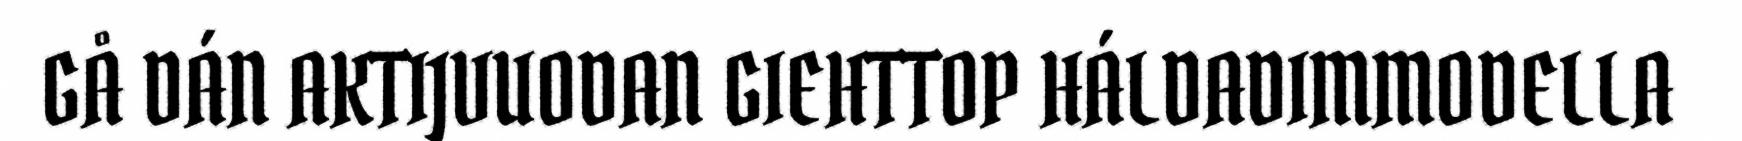
GÅ DÁN AKTIJVUODAN GIEHTTOP HÁLDADIMMODELLA